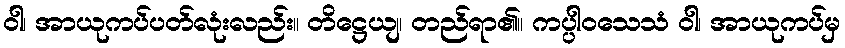
ဝါ၊ အာယုကပ်ပတ်လုံးလည်း။ တိဋ္ဌေယျ၊ တည်ရာ၏။ ကပ္ပါဝသေသံ ဝါ၊ အာယုကပ်မှ